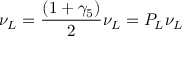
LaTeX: \nu _ { L } = { \frac { ( 1 + \gamma _ { 5 } ) } { 2 } } \nu _ { L } = P _ { L } \nu _ { L }